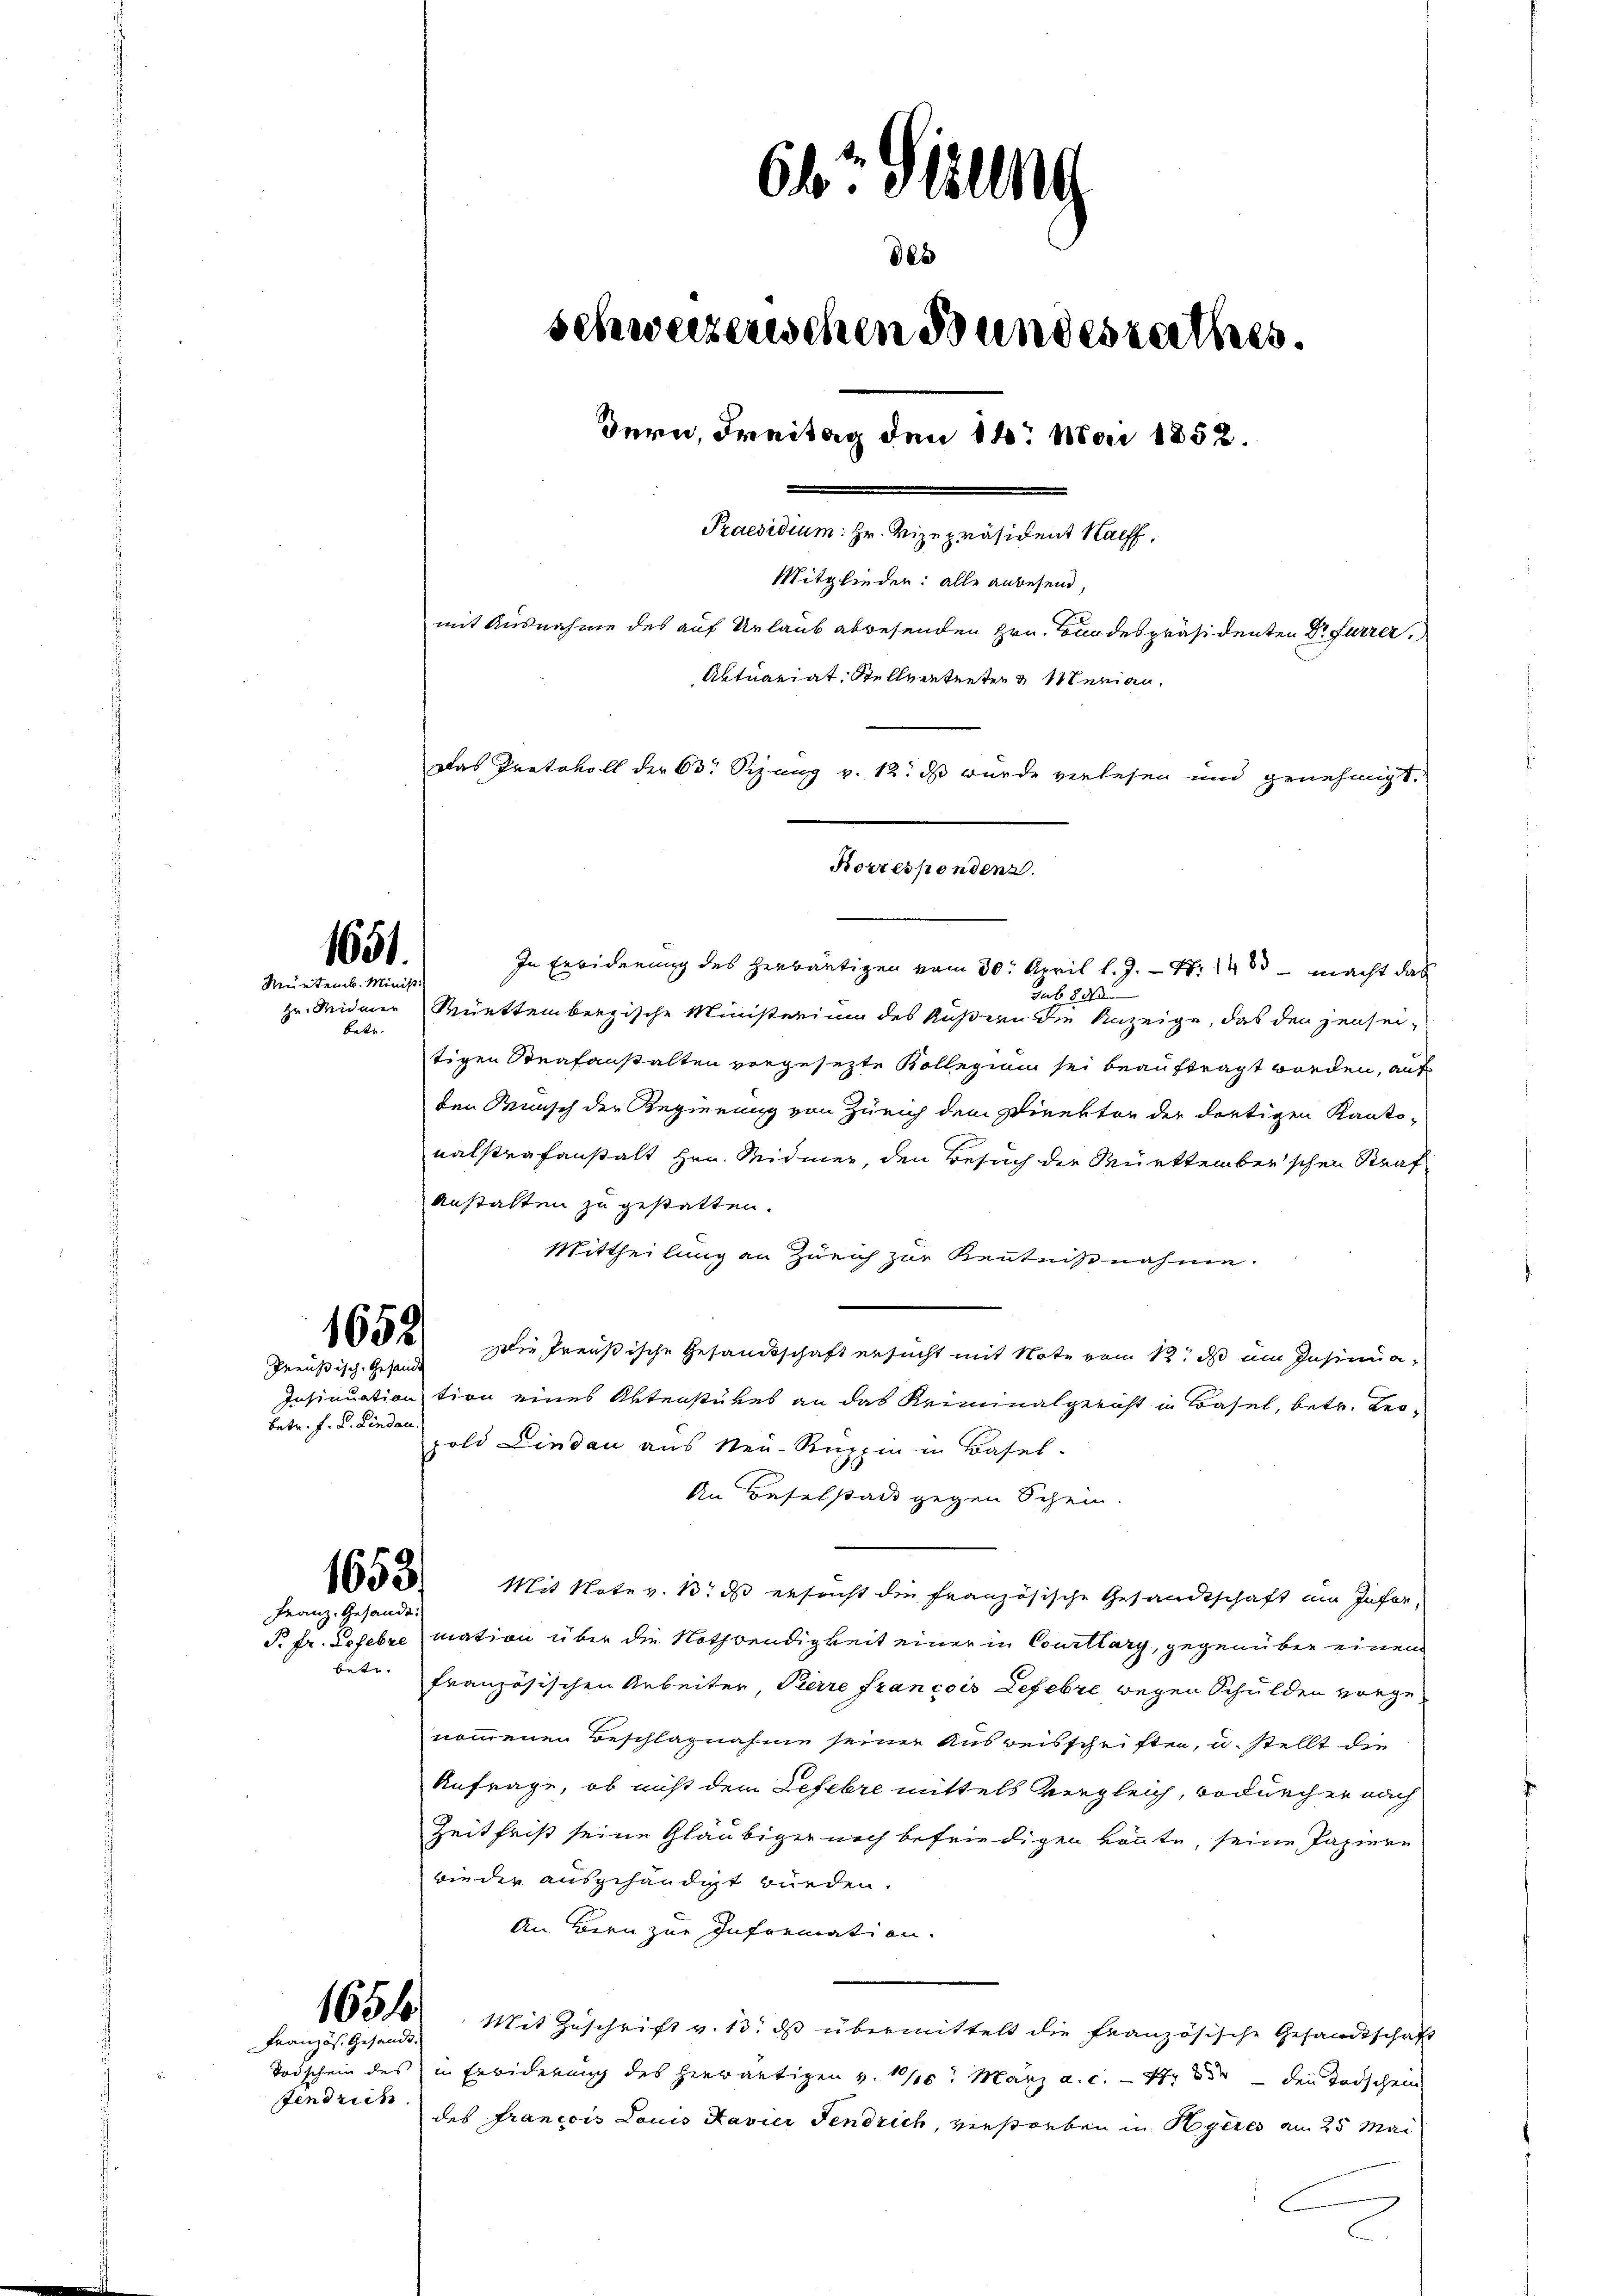
betr.

Jendrich

64 Sizung
6x
schweizerischen Bundesrathes.
Bern, Freitag den 14. Mai 1852.
Praesidium: Hr. Vizepräsident Nachf
Mitglieder: alle anwesend,
mit Ausnahme des auf Urlaub abwesenden Hrn. Bundespräsidenten Dr. Furrer,
Aktuariat. Stellvertreten & Venian.
Das Protokoll der 63. Sizung v. 12. ds wurde verlesen und genehmigt.

1651.
Rürtemb. Minist

Preußisch-Gesandt
betr. f. d. Lindau.

1653.
Franz, Gesandt.

betr.

In Erbiderung des Herbäutigen vom 30. April l. J. 17. 148 macht das
sub 220
zu. Widmer Württembergische Ministerium des Äußern die Anzeige, das den jensei-
tigen Strafanstalten vorgesezte Bollegium sei beauftragt worden, aufs
den Wunsch der Regierung von Zürich dem Direktor der dortigen Kanto-
nalstrafanstalt Hrn. Widmer, den Besuch der Württember schen Straf
Anstalten zu gestatten.
Mittheilung an Zürich zur Kenntnißnahme.
x Die Preußische Gesandtschaft ersucht mit Note vom 12. ds um Insinua-
Insinuation tion eines Aktenstükes an das Kriminalgericht in Basel, betr. Leopold Lindau aus Neu-Ruzzin in Basel-
An Baselstadt gegen Schein.
Mit Note v. 1. ds ersucht die französische Gesandtschaft im Infor¬
P. fr. Gesetze mation über die Nothwendigkeit einer in Courtlary, gegenüber einem
französischen Arbeiter, Pierre francois Lefevre wegen Schulden vorgenommenen Beschlagnahme seiner Ausreisschriften, u. stellt die
Anfrage, ob nicht dem Lefebre mittels Vergleich, wodurch er nach
Zeitfrist seine Gläubiger noch befriedigen könnte, seine Papiere
wieder ausgehändigt würden.
An Bern zur Information.
1654 Mit Zŭschrift v. 13. ds übermittelt die französische Gesandtschaft
Todschein des in Erwiderung des Herrätigen v. 110. März a. c. 4 der den Todschein
des francois Louis Favier Fendrich, verstorben in Hyeres am 25 Mai

Französ. Gesandt.

Korrespondenz.